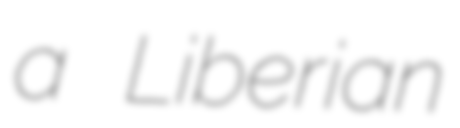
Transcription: a Liberian